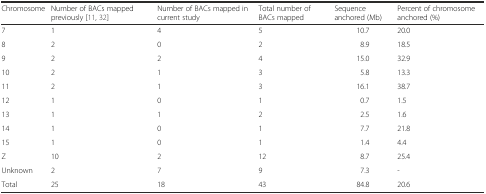
| Chromosome | Number of BACs mapped previously [11, 32] | Number of BACs mapped in current study | Total number of BACs mapped | Sequence anchored (Mb) | Percent of chromosome anchored (%) |
 | --- | --- | --- | --- | --- | --- |
 | 7 | 1 | 4 | 5 | 10.7 | 20.0 |
 | 8 | 2 | 0 | 2 | 8.9 | 18.5 |
 | 9 | 2 | 2 | 4 | 15.0 | 32.9 |
 | 10 | 2 | 1 | 3 | 5.8 | 13.3 |
 | 11 | 2 | 1 | 3 | 16.1 | 38.7 |
 | 12 | 1 | 0 | 1 | 0.7 | 1.5 |
 | 13 | 1 | 1 | 2 | 2.5 | 1.6 |
 | 14 | 1 | 0 | 1 | 7.7 | 21.8 |
 | 15 | 1 | 0 | 1 | 1.4 | 4.4 |
 | Z | 10 | 2 | 12 | 8.7 | 25.4 |
 | Unknown | 2 | 7 | 9 | 7.3 | - |
 | Total | 25 | 18 | 43 | 84.8 | 20.6 |